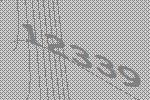
12339